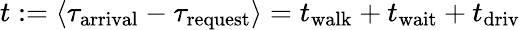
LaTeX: \begin{array}{r}{t:=\langle\tau_{\mathrm{arrival}}-\tau_{\mathrm{request}}\rangle=t_{\mathrm{walk}}+t_{\mathrm{wait}}+t_{\mathrm{driv}}\, }\end{array}